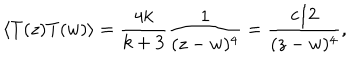
LaTeX: \langle T ( z ) T ( w ) \rangle = \frac { 4 k } { k + 3 } \frac { 1 } { ( z - w ) ^ { 4 } } = \frac { c / 2 } { ( z - w ) ^ { 4 } } ,